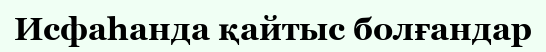
Исфаһанда қайтыс болғандар